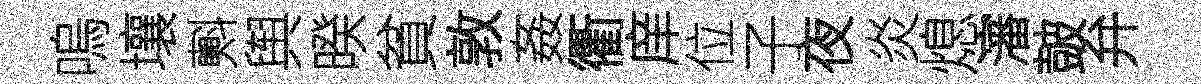
嗚壤㪺舆暌貧敦姦衢庠位子夜炎熄瀋皷弁